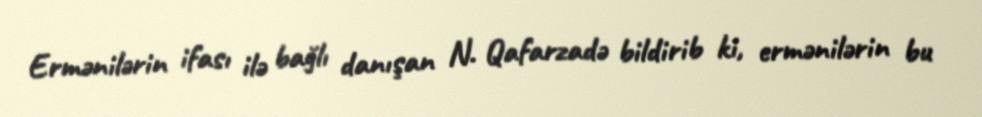
Ermənilərin ifası ilə bağlı danışan N. Qafarzadə bildirib ki, ermənilərin bu